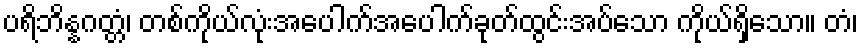
ပရိဘိန္နဂတ္တံ၊ တစ်ကိုယ်လုံးအပေါက်အပေါက်ခုတ်ထွင်းအပ်သော ကိုယ်ရှိသော။ တံ၊